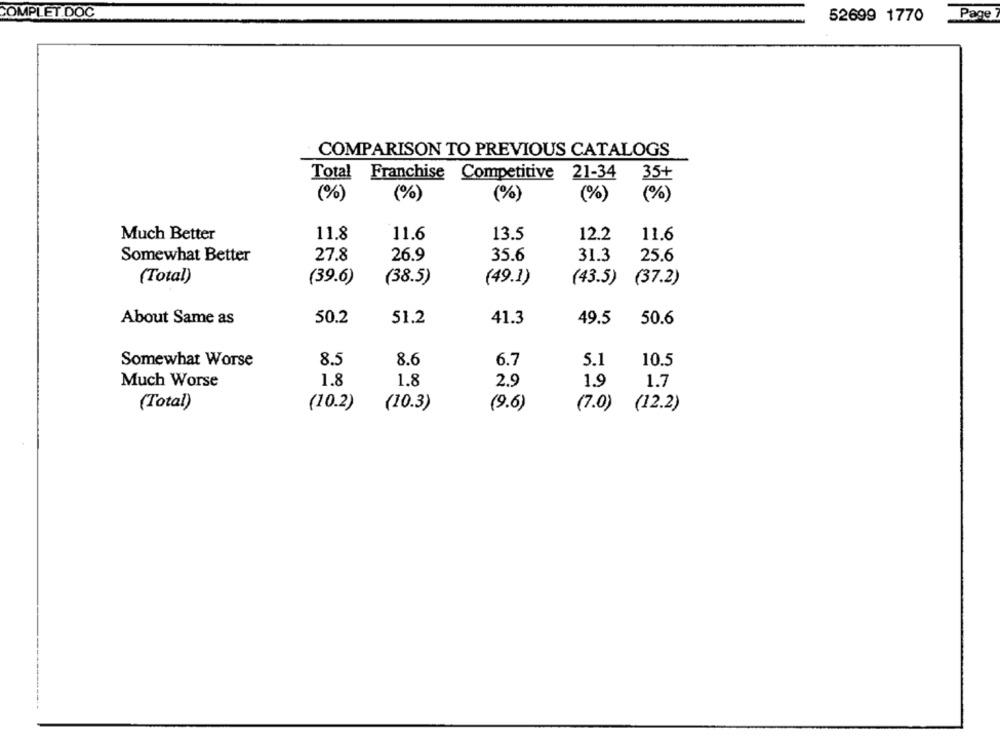
COMPLET.DOC
52699 1770
Page
COMPARISON TO PREVIOUS CATALOGS
Total Franchise Competitive
21-34
35+
(%)
(%)
(%)
(%)
(%)
Much Better
11.8
11.6
13.5
12.2
11.6
Somewhat Better
27.8
26.9
35.6
31.3
25.6
(Total)
(39.6)
(38.5)
(49.1)
(43.5)
(37.2)
About Same as
50.2
51.2
41.3
49.5
50.6
Somewhat Worse
8.5
8.6
6.7
5.1
10.5
Much Worse
1.8
1.8
2.9
1.9
1.7
(Total)
(10.2)
(10.3)
(9.6)
(7.0) (12.2)